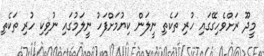
މީދޫ ރަށްވެހިގޭގައި ހުރި ތަކެތި ނީލަން ކިޔުމަށްފަހު ނީލަމުގައި ނުވިކި ހުރި ތަކެތި